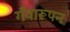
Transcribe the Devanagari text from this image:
गँवारूपन